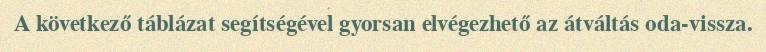
A következő táblázat segítségével gyorsan elvégezhető az átváltás oda-vissza.